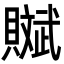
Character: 𧸔